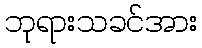
ဘုရားသခင်အား